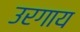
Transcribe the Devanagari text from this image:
उरगाय